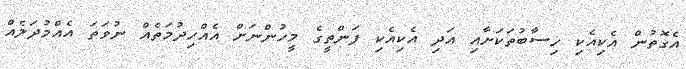
އެގޮތުން އެކިއެކި ހިސާބުތަކަށާއި އަދި އެކިއެކި ފަންތީގެ މީހުންނަށް އެއްހިދުމަތެއް ނުވަތަ އެއްމުދަލެއް